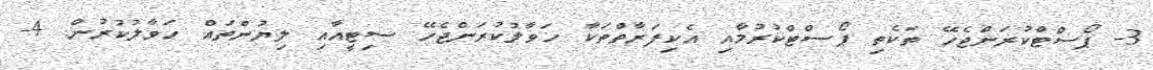
3- ޕޯސްޓްކުރަންޖެހޭ ތަކެތި ޕޯސްޓްކުރުމާއި އެކިފަރާތްތަކާ ހަވާލުކުރަންޖެހޭ ސިޓީއާއި ލިޔުންތައް ހަވާލުކުރުން. 4-